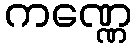
ကဏ္ဏေ